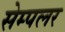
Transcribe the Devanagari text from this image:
सेम्पलर